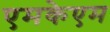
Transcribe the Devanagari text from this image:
एमकेएम